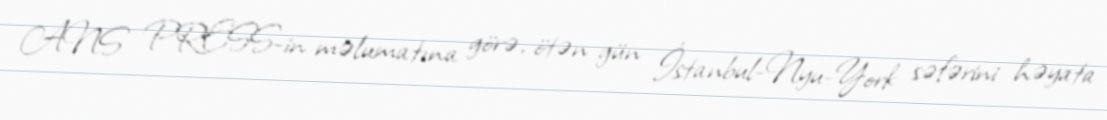
ANS PRESS-in məlumatına görə, ötən gün İstanbul-Nyu-York səfərini həyata